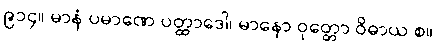
၉၁၄။ မာနံ ပမာဏေ ပတ္ထာဒေါ၊ မာနော ဝုတ္တော ဝိဓာယ စ။